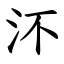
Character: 㳅